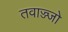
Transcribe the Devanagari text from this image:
तवाज्ज्जो